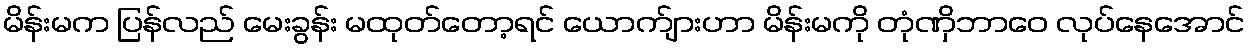
မိန်းမက ပြန်လည် မေးခွန်း မထုတ်တော့ရင် ယောက်ျားဟာ မိန်းမကို တုံဏှိဘာဝေ လုပ်နေအောင်